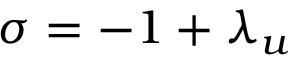
\sigma = - 1 + \lambda _ { u }